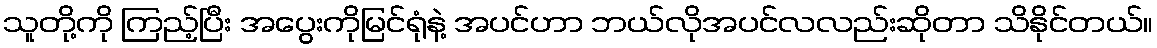
သူတို့ကို ကြည့်ပြီး အပွေးကိုမြင်ရုံနဲ့ အပင်ဟာ ဘယ်လိုအပင်လလည်းဆိုတာ သိနိုင်တယ်။